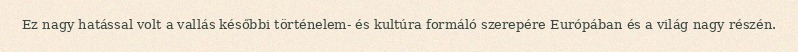
Ez nagy hatással volt a vallás későbbi történelem- és kultúra formáló szerepére Európában és a világ nagy részén.